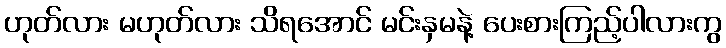
ဟုတ်လား မဟုတ်လား သိရအောင် မင်းနှမနဲ့ ပေးစားကြည့်ပါလားကွ